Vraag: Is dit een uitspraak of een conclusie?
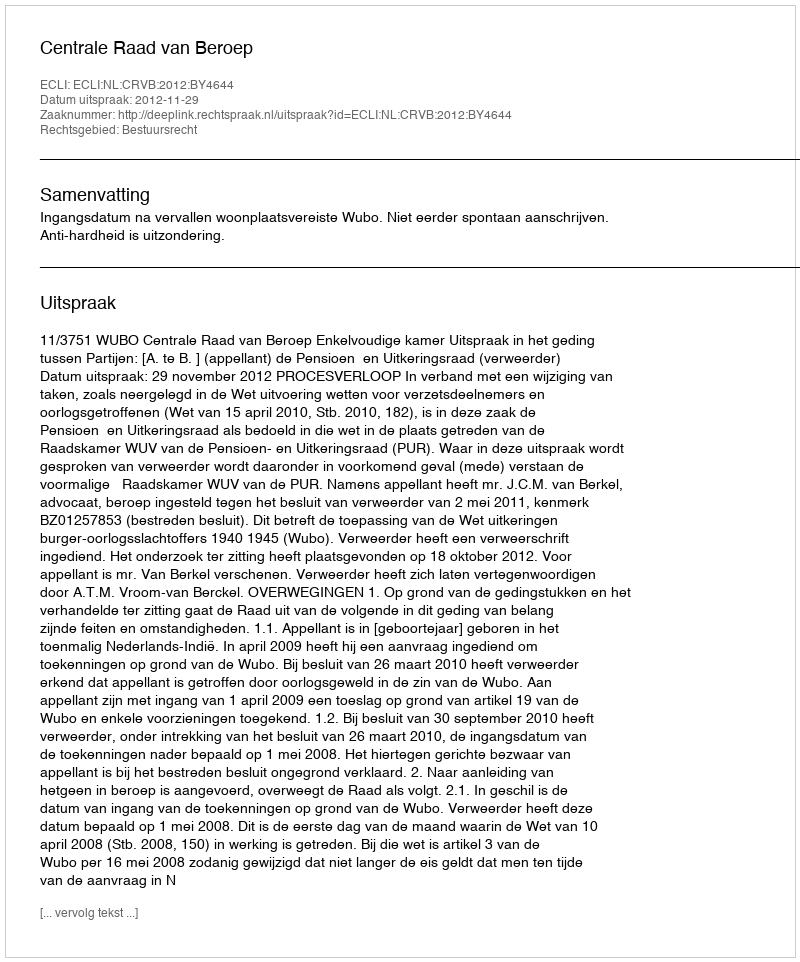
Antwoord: Uitspraak